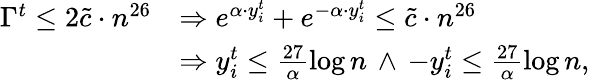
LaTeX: \begin{array}{rl}{\Gamma^{t}\leq 2\tilde{c}\cdot n^{26}}&{\Rightarrow e^{\alpha\cdot y_{i}^{t}}+e^{-\alpha\cdot y_{i}^{t}}\leq\tilde{c}\cdot n^{26}}\\ &{\Rightarrow y_{i}^{t}\leq\frac{27}{\alpha}\log n\, \wedge\, -y_{i}^{t}\leq\frac{27}{\alpha}\log n,}\end{array}